Rules and regulations of the Bombay Veterinary College
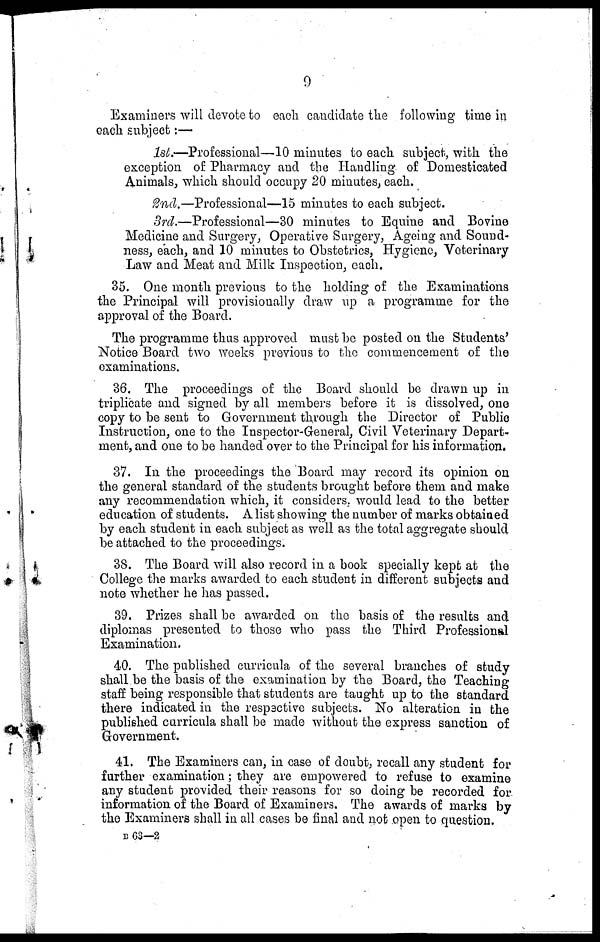
9
Examiners will devote to each candidate the following time in
each subject:—
1st—Professional—10 minutes to each subject, with the
exception of Pharmacy and the Handling of Domesticated
Animals, which should occupy 20 minutes, each.
2nd.—Professional—15 minutes to each subject.
3rd.—Professional—30
minutes to Equine and Bovine
Medicine and Surgery, Operative Surgery, Ageing and Sound-
ness, each, and 10 minutes to Obstetrics, Hygiene, Veterinary
Law and Meat and Milk Inspection, each.
35. One month previous to the holding of the Examinations
the Principal will provisionally draw up a programme for the
approval of the Board.
The programme thus approved must be posted on the Students'
Notice Board two weeks previous to the commencement of the
examinations.
36. The proceedings of the Board should be drawn up in
triplicate and signed by all members before it is dissolved, one
copy to be sent to Government through the Director of Public
Instruction, one to the Inspector-General, Civil Veterinary Depart-
ment, and one to be handed over to the Principal for his information.
37. In the proceedings the Board may record its opinion on
the general standard of the students brought before them and make
any recommendation which, it considers, would lead to the better
education of students. A list showing the number of marks obtained
by each student in each subject as well as the total aggregate should
be attached to the proceedings.
38. The Board will also record in a book specially kept at the
College the marks awarded to each student in different subjects and
note whether he has passed.
39. Prizes shall be awarded on the basis of the results and
diplomas presented to those who pass the Third Professional
Examination.
40. The published curricula of the several branches of study
shall be the basis of the examination by the Board, the Teaching
staff being responsible that students are taught up to the standard
there indicated in the respective subjects. No alteration in the
published curricula shall be made without the express sanction of
Government.
41. The Examiners can, in case of doubt, recall any student for
further examination; they are empowered to refuse to examine
any student provided their reasons for so doing be recorded for
information of the Board of Examiners. The awards of marks by
the Examiners shall in all cases be final and not open to question.
B63—2